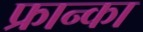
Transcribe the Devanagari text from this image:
फ्रान्का